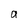
Character: a